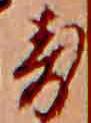
寿